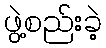
ဖွဲ့စည်းခဲ့